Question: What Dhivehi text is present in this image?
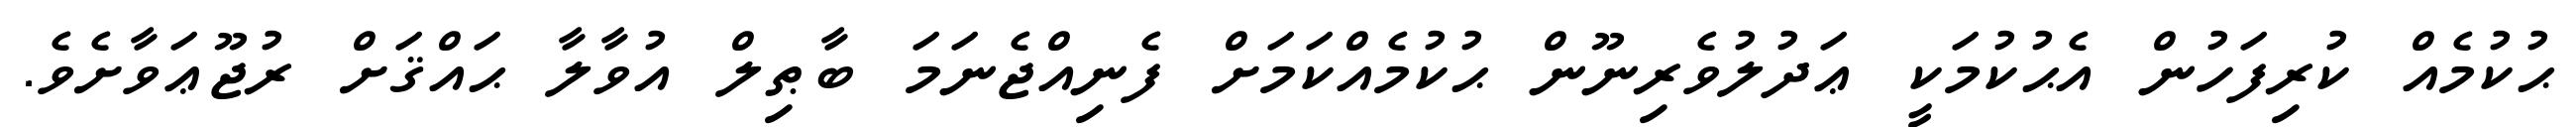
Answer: ޙުކުމެއް ކުރިފަހުން އެޙުކުމަކީ ޢަދުލުވެރިނޫން ޙުކުމެއްކަމަށް ފެނިއްޖެނަމަ ބާޠިލް އުވާލާ ޙައްޤަށް ރުޖޫޢަވާށެވެ.